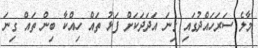
މާލެ ސަރަހައްދުގައި ގިނަ އަދަދަކަށް ފަޅު ތައް ހިއްކާ ބިން ތައް ގިނަ